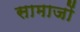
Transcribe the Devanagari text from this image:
सामाजों